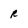
Character: R